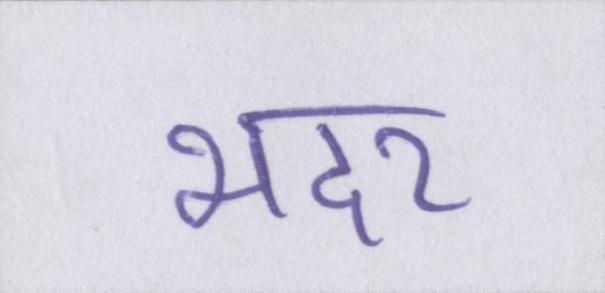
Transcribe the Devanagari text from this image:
भदर